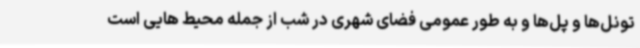
تونل‌ها و پل‌ها و به طور عمومی فضای شهری در شب از جمله محیط هایی است